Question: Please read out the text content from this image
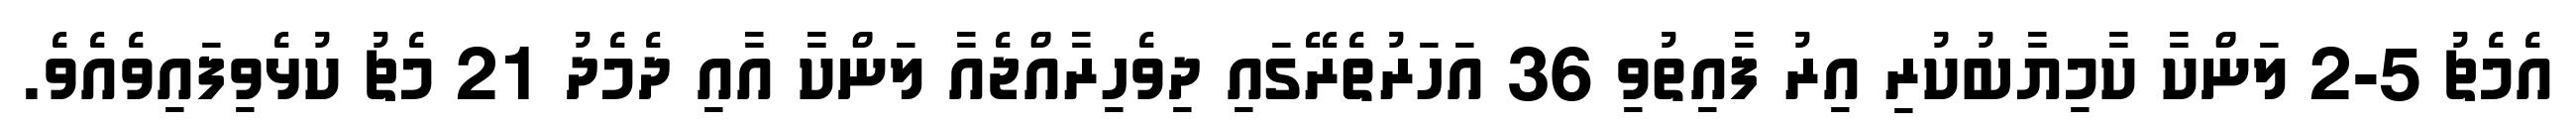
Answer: އެމެޗު 5-2 ލަންކާ ކާމިޔާބުކުރި އިރު ފާއިތުވި 36 އަހަރުތެރޭގައި ދިވެހިރާއްޖެއާ ލަންކާ އާއި ދެމެދު 21 މެޗު ކުޅެވިފައިވެއެވެ.